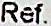
REF.